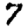
Digit: 7